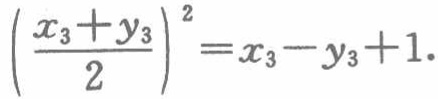
$\left(\frac{x_{3}+y_{3}}{2}\right)^{2}=x_{3}-y_{3}+1.$